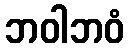
ဘဝါဘဝံ